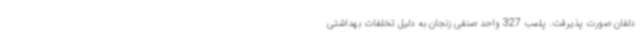
دلفان صورت پذیرفت. پلمب 327 واحد صنفی زنجان به دلیل تخلفات بهداشتی